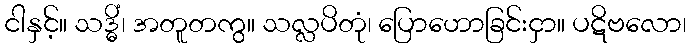
ငါနှင့်။ သဒ္ဓိံ၊ အတူတကွ။ သလ္လပိတုံ၊ ပြောဟောခြင်းငှာ။ ပဋိဗလော၊